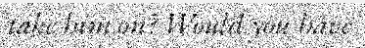
take him on? Would you have